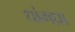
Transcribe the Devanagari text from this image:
धांगध्रा